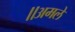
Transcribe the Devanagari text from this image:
॥अमले